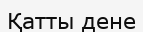
Қатты дене